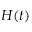
H ( t )